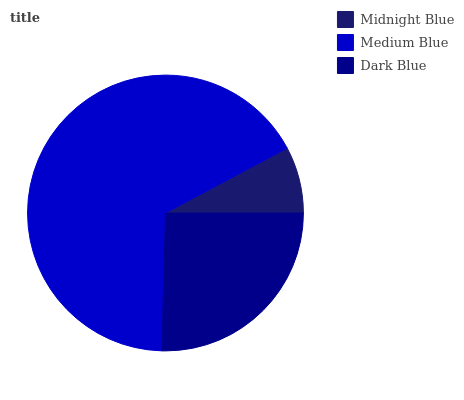
| Midnight Blue | Medium Blue | Dark Blue |
 | --- | --- | --- |
 | 7.78% | 66.8% | 25.4% |